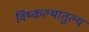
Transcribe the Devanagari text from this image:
विष्कल्भातुल्य